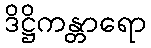
ဒိဋ္ဌိကန္တာရော